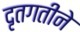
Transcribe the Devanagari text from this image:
दृतगतीने